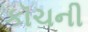
કૉચની